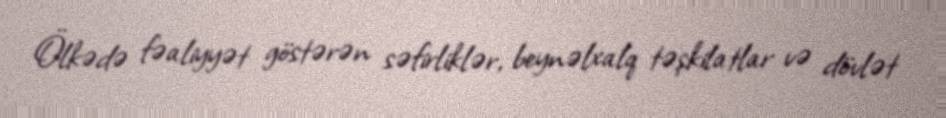
Ölkədə fəaliyyət göstərən səfirliklər, beynəlxalq təşkilatlar və dövlət